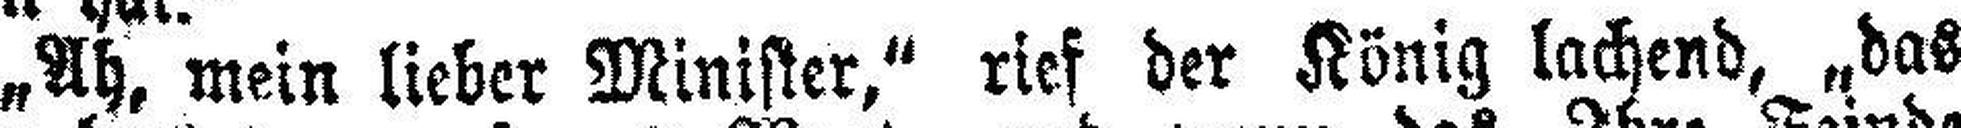
„Ah, mein lieber Minister,“ rief der König lachend, „das